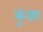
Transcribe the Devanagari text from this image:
कुंदरः